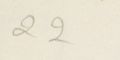
22